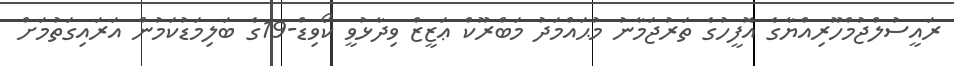
ރައީސުލްޖުމްހޫރިއްޔާގެ އޮފީހުގެ ތަރުޖަމާނު މުޙައްމަދު މަބްރޫކް ޢަޒީޒް ވިދާޅުވީ ކޯވިޑް-19ގެ ބަލިމަޑުކަމުން އަރައިގަތުމަށް